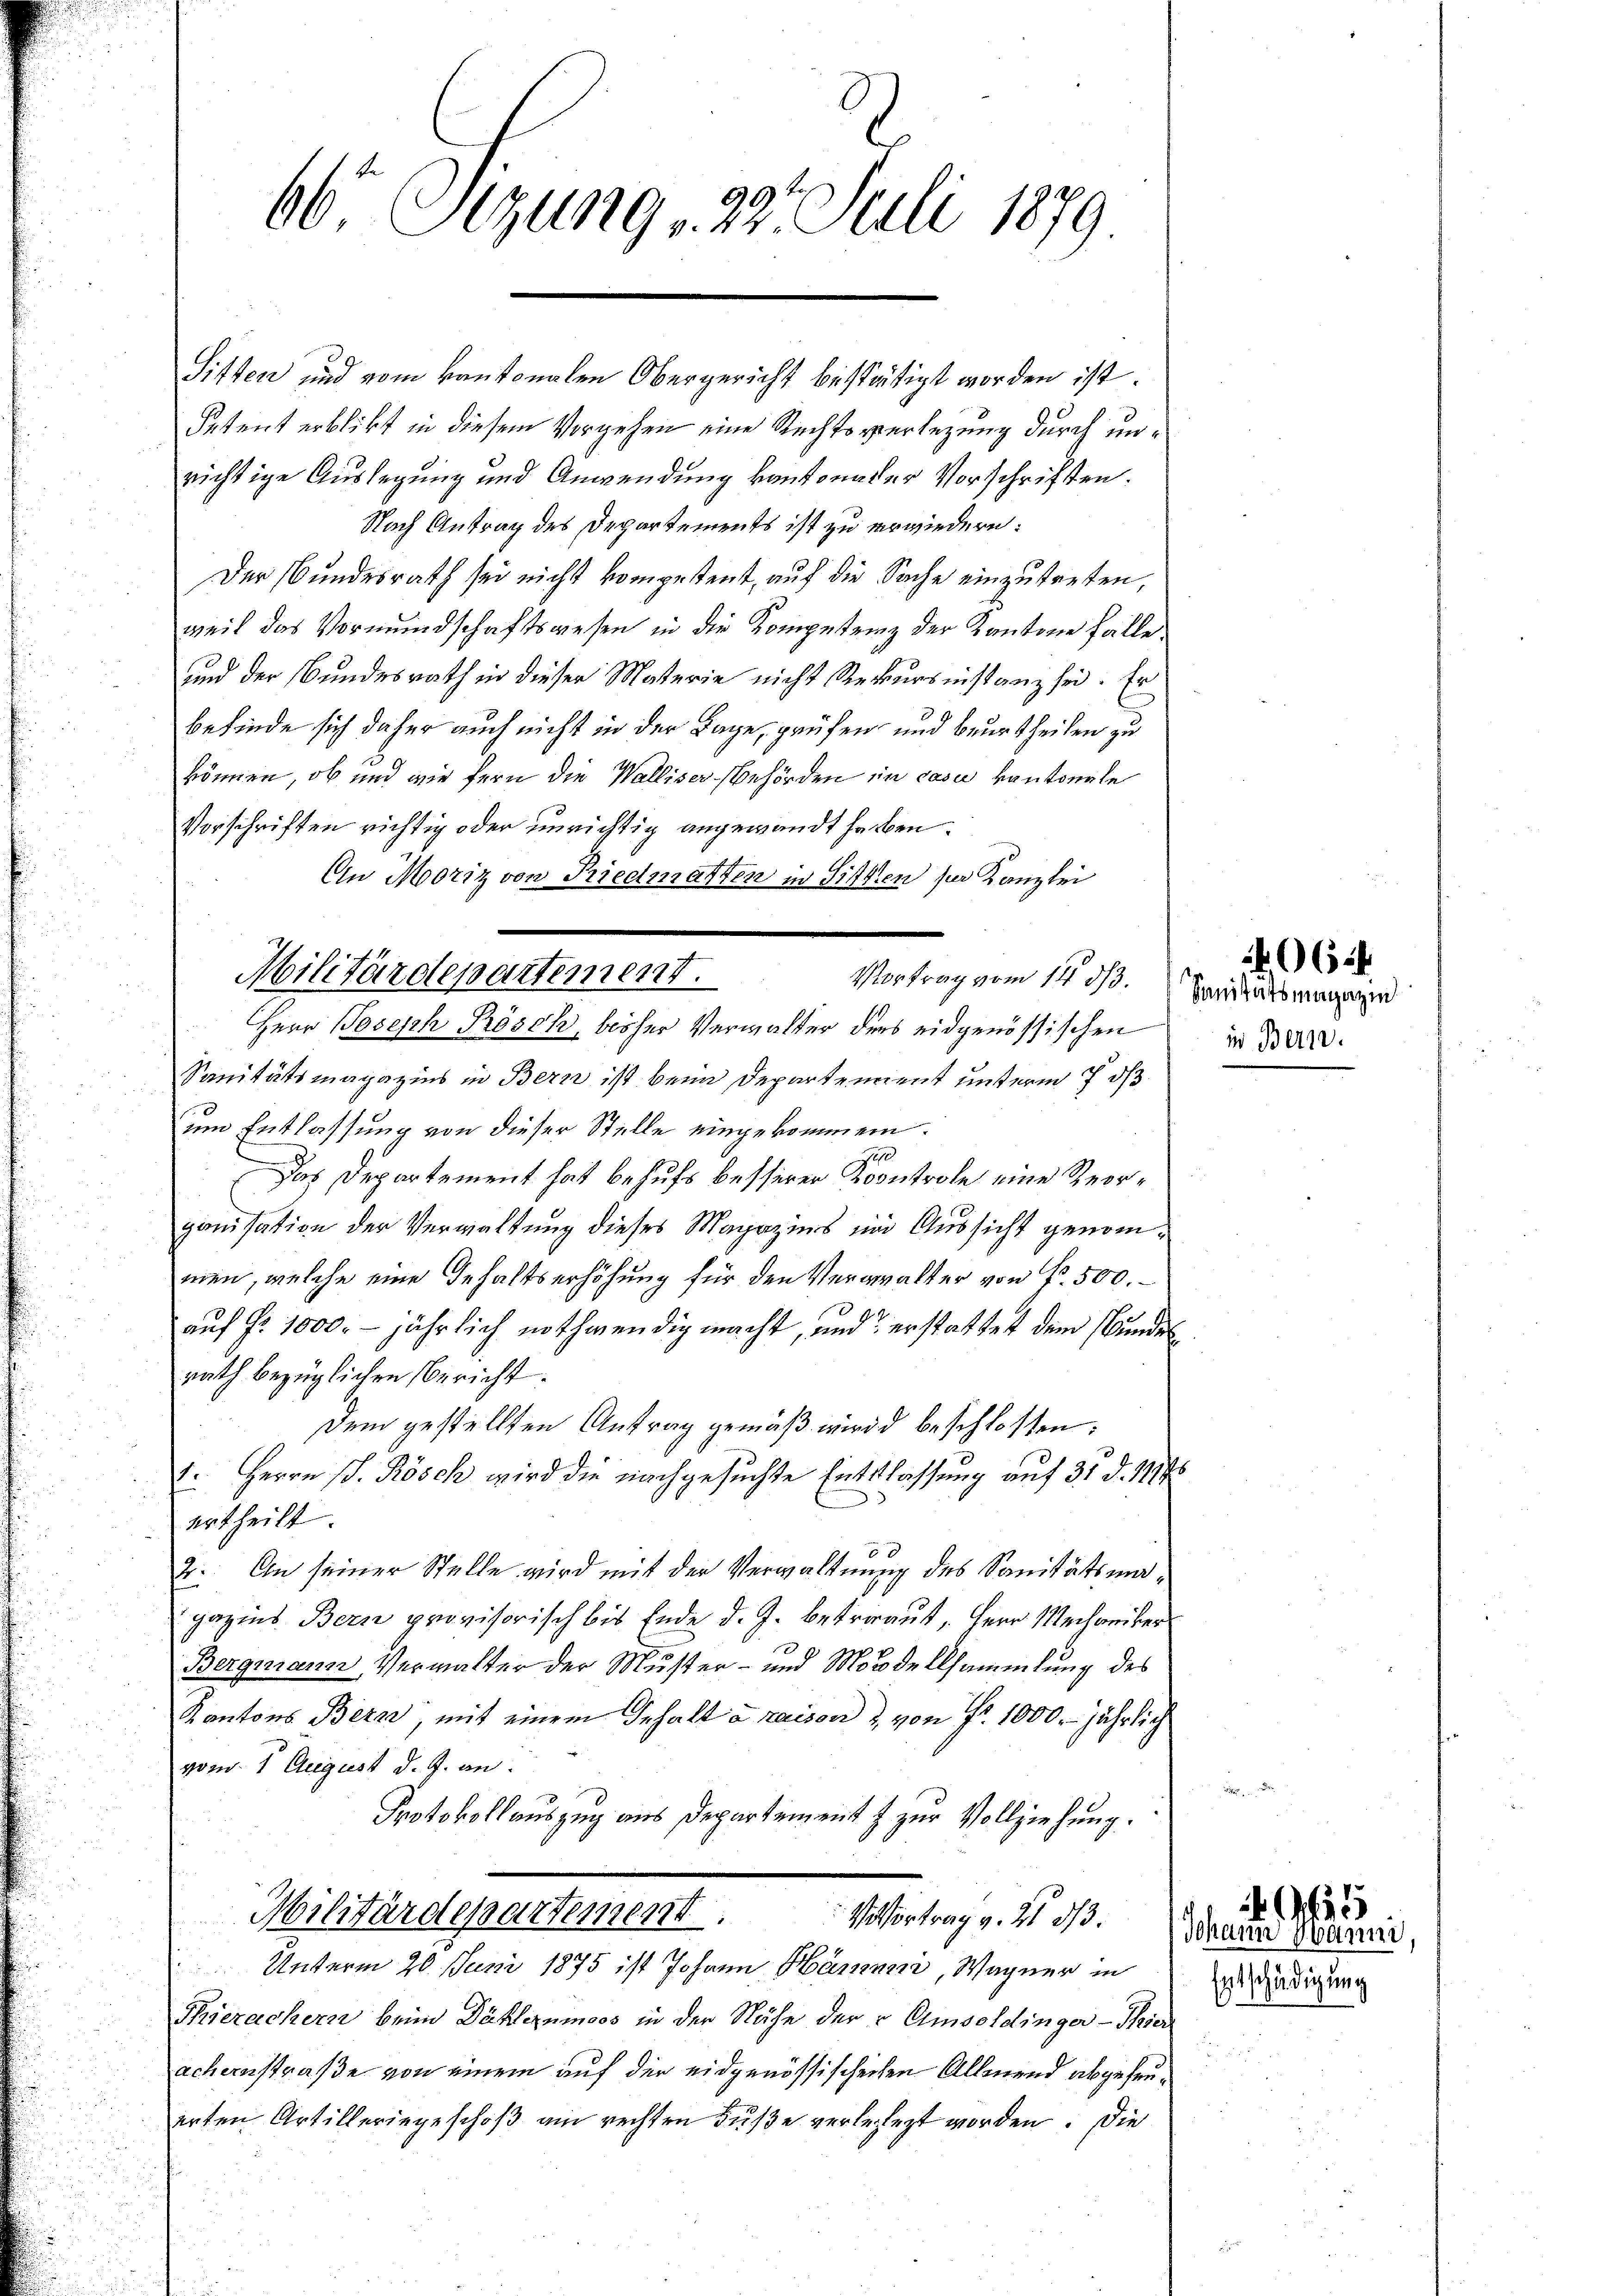
66 Sizung, 27. Juli 1879.

Sitten und vom kantonalen Obergericht bestätigt worden ist.
Petent erblibt in diesem Vorgehen eine Rechtsverlegung durch unrichtige Auslegung und Anwendung kantonader Vorschriften.
Nach Antrag des Departements ist zu erwiedern:
Der Bundesrath sei nicht kompetent, auf die Sache einzutreten,
weil das Vormundschaftswesen in die Kompetenz der Kantone fälle,
und der Bundesrath in dieser Materie nicht Rekursinstanz sei. Er
befinde sich daher auch nicht in der Lage, prüfen und beurtheilen zu
können, ob und wie fern die Walliser-Behörden in casu kantonale
Vorschriften richtig oder unrichtig angewandt haben.
An Moriz von Riedmatten in Sitten per Kanzlei
Vortrag vom 14. ds. Sanitätsmagazin
Sanitätsmagazins in Bern ist beim Departement unterm 7 d
um Entlassung von dieser Stelle eingekommen.
e
Das Departement hat behufs besserer Koontrole eine Reorganisation der Verwaltung dieses Magazins im Aussicht genommen, welche eine Gehaltserhöhung für den Vergalter von Fr. 500.
auf Fr. 1000.- jährlich nothwendig macht, und erstattet dem Bundesrath bezüglichen Bericht.
Dem gestellten Antrag gemäß wird beschlossen:
5. Herrn P. Kösch wird die nachgesuchte Entlassung auf 31 d. 1114
ertheilt.
2: An seiner Stelle wird mit der Verwaltung des Sanitätsmagazins Bern provisorisch bis Ende d. J. betraut, Herr Mechaniker
Bergmann, Verwalter der Muster- und Mordellsammlung des
Kantons Bern, mit einem Gehalt a maison & von Fr. 1000. jährlich
vom 1. August d. J. an
Protokollauszug aus Departement & zur Vollziehung.
Militärdepartement.
V Vortrag v. 21. 313.
Unterm 20. Juni 1875 ist Johann Hämmer, Wagner in
Thierachern beim Dählenmoos in der Nähe der v Umsoldinger-Thier
achernstraße von einem auf der eidgenössischechen Allmend abgefeuerten Artilleringeschoß am rechten Fuße verbesezt worden. Die

Militärdepartement.
Herr Joseph Rösch, bisher Verwalter des eidgenössischen

in Bern.

40654.

Johann Manne
Entschädigung

455